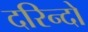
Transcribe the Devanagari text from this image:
दरिन्‍दो